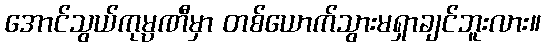
အောင်သွယ်ကုမ္ပဏီမှာ တစ်ယောက်သွားမရှာချင်ဘူးလား။